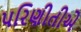
પરિણીતીએ